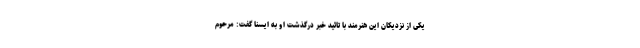
یکی از نزدیکان این هنرمند با تائید خبر درگذشت او به ایسنا گفت: مرحوم